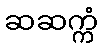
ဆဆက္ကံ